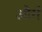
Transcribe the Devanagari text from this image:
और्ग